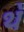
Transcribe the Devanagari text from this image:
थ॓